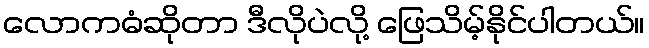
လောကဓံဆိုတာ ဒီလိုပဲလို့ ဖြေသိမ့်နိုင်ပါတယ်။